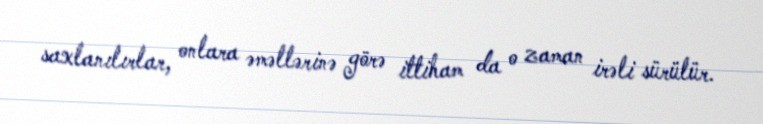
saxlanılırlar, onlara əməllərinə görə ittiham da o zaman irəli sürülür.